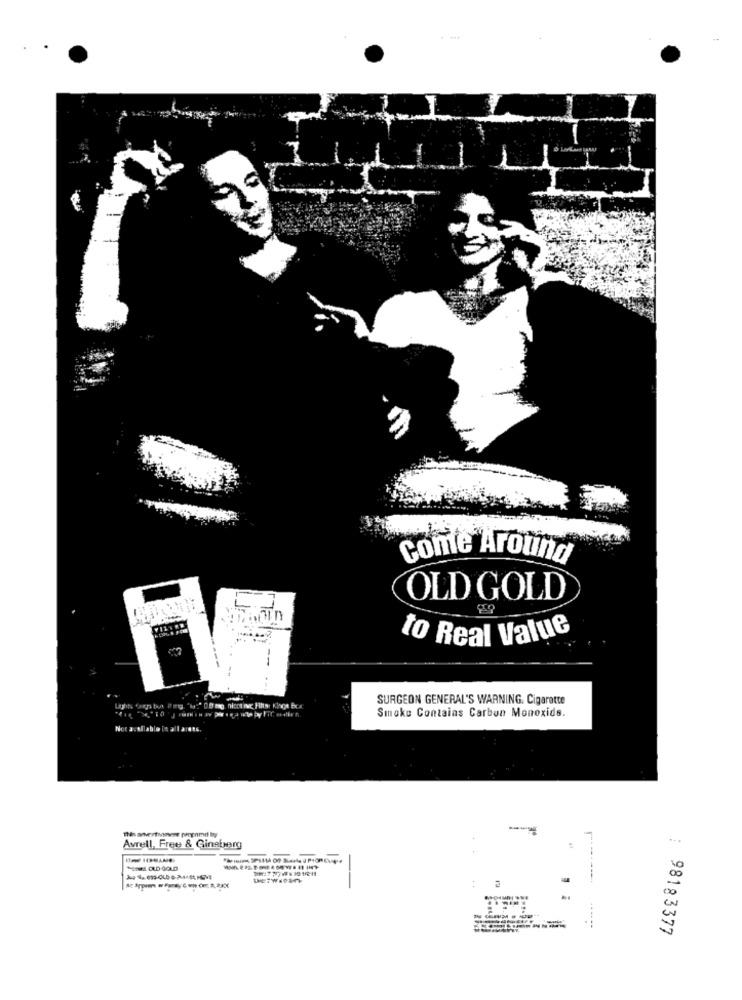
conte Around
OLD GOLD
to Real Value
...
SURGEON GENERAL'S WARNING. Cigarette
zbyt ite 'i:" 08mg nicotinac Fitta: Kinot Bcx
Smoke Contains Carbon Monoxide.
Avrell, Free & Ginaberg
----
--
98183377